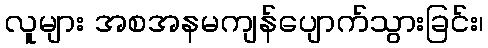
လူများ အစအနမကျန်ပျောက်သွားခြင်း၊